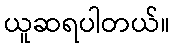
ယူဆရပါတယ်။